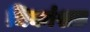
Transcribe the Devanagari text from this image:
धिकांशत